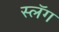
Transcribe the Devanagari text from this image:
स्लॅग